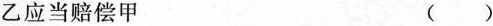
乙应当赔偿甲 ()